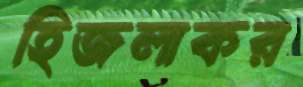
হিজলাকর